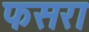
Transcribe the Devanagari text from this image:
फसरा